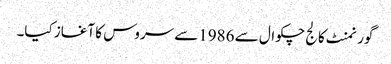
گورنمنٹ کالج چکوال سے 1986سے سروس کا آغاز کیا۔